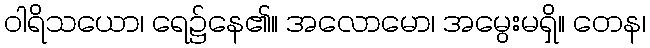
ဝါရိသယော၊ ရေ၌နေ၏။ အလောမော၊ အမွေးမရှိ။ တေန၊